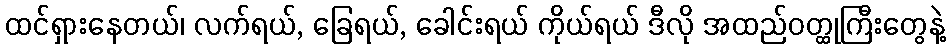
ထင်ရှားနေတယ်၊ လက်ရယ်, ခြေရယ်, ခေါင်းရယ် ကိုယ်ရယ် ဒီလို အထည်ဝတ္ထုကြီးတွေနဲ့